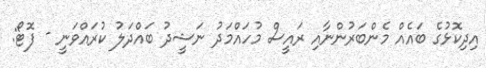
އިދިކޮޅުގެ ބައެއް މެންބަރުންނާއި ރައީސް މުހައްމަދު ނަޝީދު ބައްދަލު ކުރައްވަނީ - ފޮޓޯ: